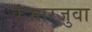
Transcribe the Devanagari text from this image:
कुंभारजुवा